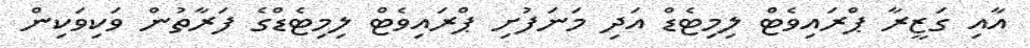
އާއި ގަޒީރާ ޕްރައިވެޓް ލިމިޓެޑް އަދި މަނަފުށި ޕްރައިވެޓް ލިމިޓެޑްގެ ފަރާތުން ވަކިވަކިން